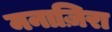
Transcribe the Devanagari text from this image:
मनाज़िरा